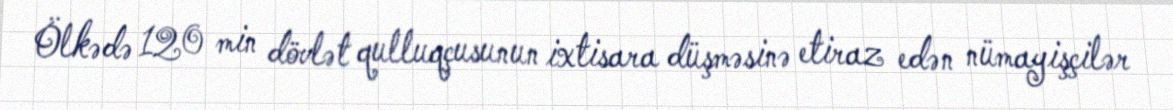
Ölkədə 120 min dövlət qulluqçusunun ixtisara düşməsinə etiraz edən nümayişçilər